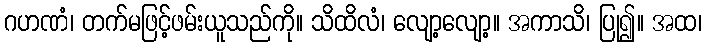
ဂဟဏံ၊ တက်မဖြင့်ဖမ်းယူသည်ကို။ သိထိလံ၊ လျော့လျော့။ အကာသိ၊ ပြု၍။ အထ၊